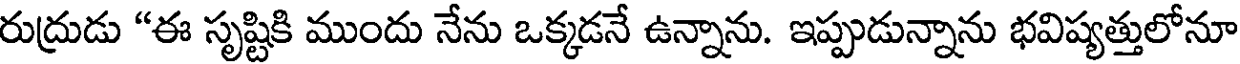
రుద్రుడు "ఈ సృష్టికి ముందు నేను ఒక్కడనే ఉన్నాను. ఇప్పుడున్నాను భవిష్యత్తులోనూ